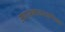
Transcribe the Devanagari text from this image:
उपसभाध्यक्षपेनल